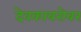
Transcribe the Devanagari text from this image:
देवकाबरोबर